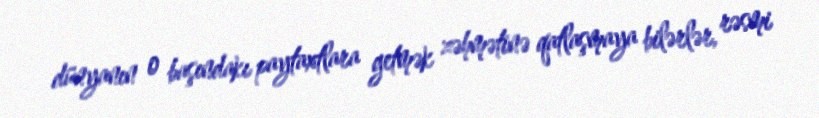
dünyanın o başındakı paytaxtlara getmək zəhmətinə qatlaşmaya bilərlər, rəsmi